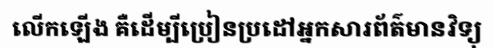
លើកឡើង គឺដើម្បីប្រៀនប្រដៅអ្នកសារព័ត៌មានវិទ្យុ